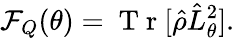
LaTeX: \mathcal{F}_{Q}(\theta)=\mathrm{~T~r~}[\hat{\rho}\hat{L}_{\theta}^{2}].